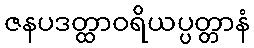
ဇနပဒတ္ထာဝရိယပ္ပတ္တာနံ